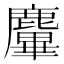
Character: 𪋜